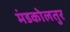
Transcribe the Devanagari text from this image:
मंडकोलतुर